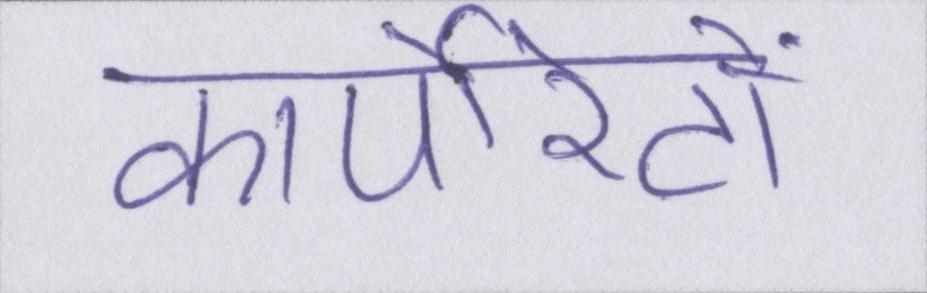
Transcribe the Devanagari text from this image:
कार्पोरेटों